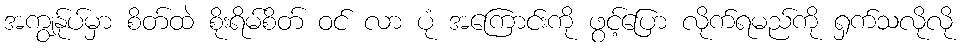
အကျွန်ုပ်မှာ စိတ်ထဲ စိုးရိမ်စိတ် ဝင် လာ ပုံ အကြောင်းကို ဖွင့်ပြော လိုက်ရမည်ကို ရှက်သလိုလို